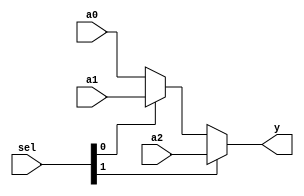
module mux3 (a0, a1, a2, sel,y);
 input [31:0] a0, a1, a2;
 input [1:0] sel;
 output [31:0] y;
 
	assign y = sel[1] ? a2 : (sel[0] ? a1 : a0);
	
	
//	00 y = a0;
//	01 y = a1;
//	1x y =  a2;
endmodule